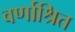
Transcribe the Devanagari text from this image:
वर्णाश्रित